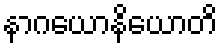
နာဂယောနိယောတိ